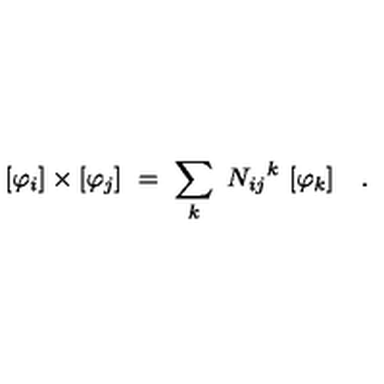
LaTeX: [ \varphi _ { i } ] \times [ \varphi _ { j } ] \ = \ \sum _ { k } \ { N _ { i j } } ^ { k } \ [ \varphi _ { k } ] \quad .